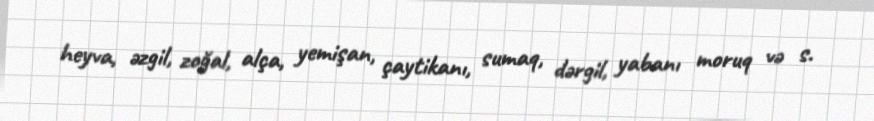
heyva, əzgil, zoğal, alça, yemişan, çaytikanı, sumaq, dərgil, yabanı moruq və s.